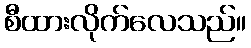
စီထားလိုက်လေသည်။